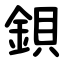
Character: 鋇